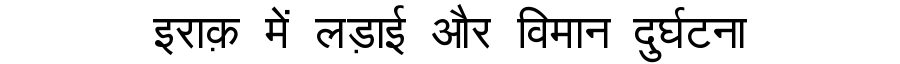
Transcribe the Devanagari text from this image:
इराक़ में लड़ाई और विमान दुर्घटना